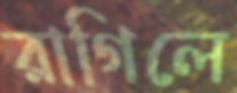
রাগিলে